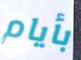
بأيام